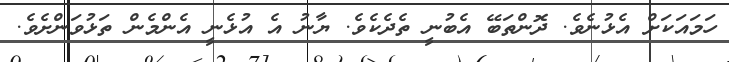
ހަމައަކަށް އެޅުނެވެ. ދޮންތަބޭ އެބުނީ ތެދެކެވެ. ޔާނު އެ އުޅެނީ އެންމެން ތަޅުވަންށެވެ.